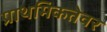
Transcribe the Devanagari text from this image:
प्राथमिकतेवर